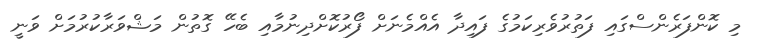
މި ކޮންފަރެންސްގައި ފަތުރުވެރިކަމުގެ ފައިދާ އެއްމެނަށް ފޯރުކޮށްދިނުމާއި ބެހޭ ގޮތުން މަޝްވަރާކުުރުމަށް ވަނީ